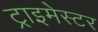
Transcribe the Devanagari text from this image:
ट्राइमेस्टर